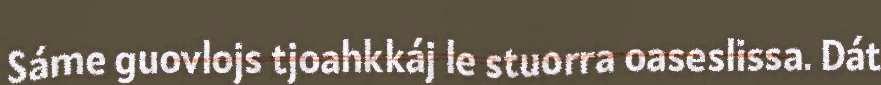
Sáme guovlojs tjoahkkáj le stuorra oaseslissa. Dát